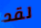
لقد